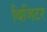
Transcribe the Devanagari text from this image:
विजिटर